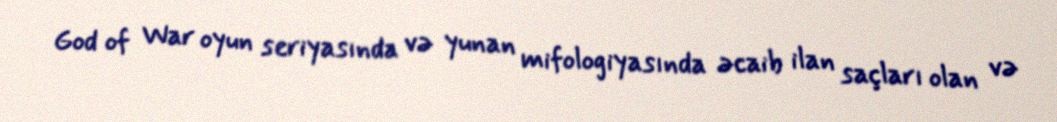
God of War oyun seriyasında və yunan mifologiyasında əcaib ilan saçları olan və